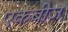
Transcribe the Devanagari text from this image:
एकबीज